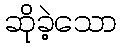
ဆိုခဲ့သော